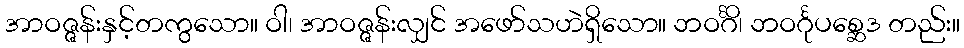
အာဝဇ္ဇန်းနှင့်တကွသော။ ဝါ၊ အာဝဇ္ဇန်းလျှင် အဖော်သဟဲရှိသော။ ဘဝင်္ဂိ၊ ဘဝင်္ဂုပစ္ဆေဒ တည်း။